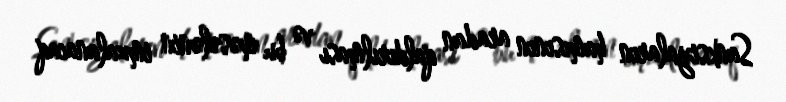
Sanksiyaların hamısının aradan qaldırılması və bu məsələnin imzalanacaq